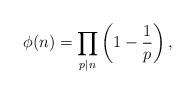
LaTeX: \begin{align*}\phi(n)=\prod_{p|n}\left(1-\frac{1}{p}\right),\end{align*}